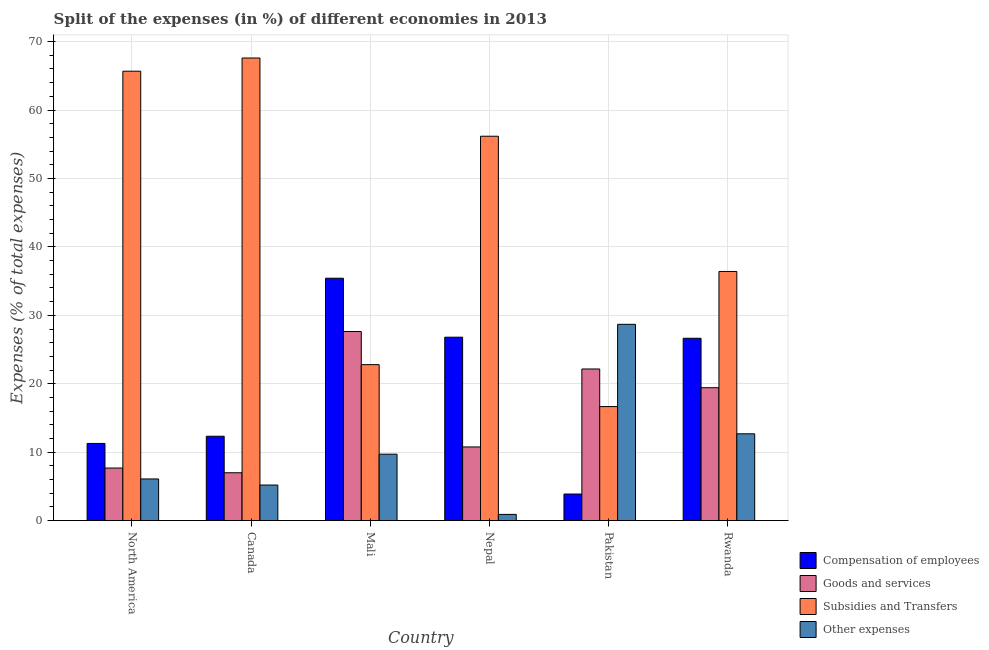
| Country | Compensation of employees | Goods and services | Subsidies and Transfers | Other expenses |
 | --- | --- | --- | --- | --- |
 | North America | 11.3 | 7.68 | 65.7 | 6.09 |
 | Canada | 12.3 | 6.99 | 67.6 | 5.2 |
 | Mali | 35.4 | 27.6 | 22.8 | 9.71 |
 | Nepal | 26.8 | 10.8 | 56.2 | 0.905 |
 | Pakistan | 3.88 | 22.2 | 16.7 | 28.7 |
 | Rwanda | 26.6 | 19.4 | 36.4 | 12.7 |